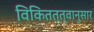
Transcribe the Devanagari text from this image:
विकितत्त्वानुसार